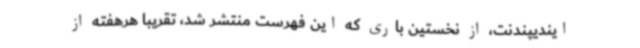
ایندیپندنت،‌ از نخستین باری که این فهرست منتشر شد، تقریبا هرهفته از